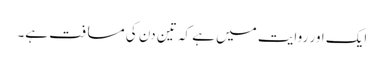
ایک اور روایت میں ہے کہ تین دن کی مسافت ہے۔